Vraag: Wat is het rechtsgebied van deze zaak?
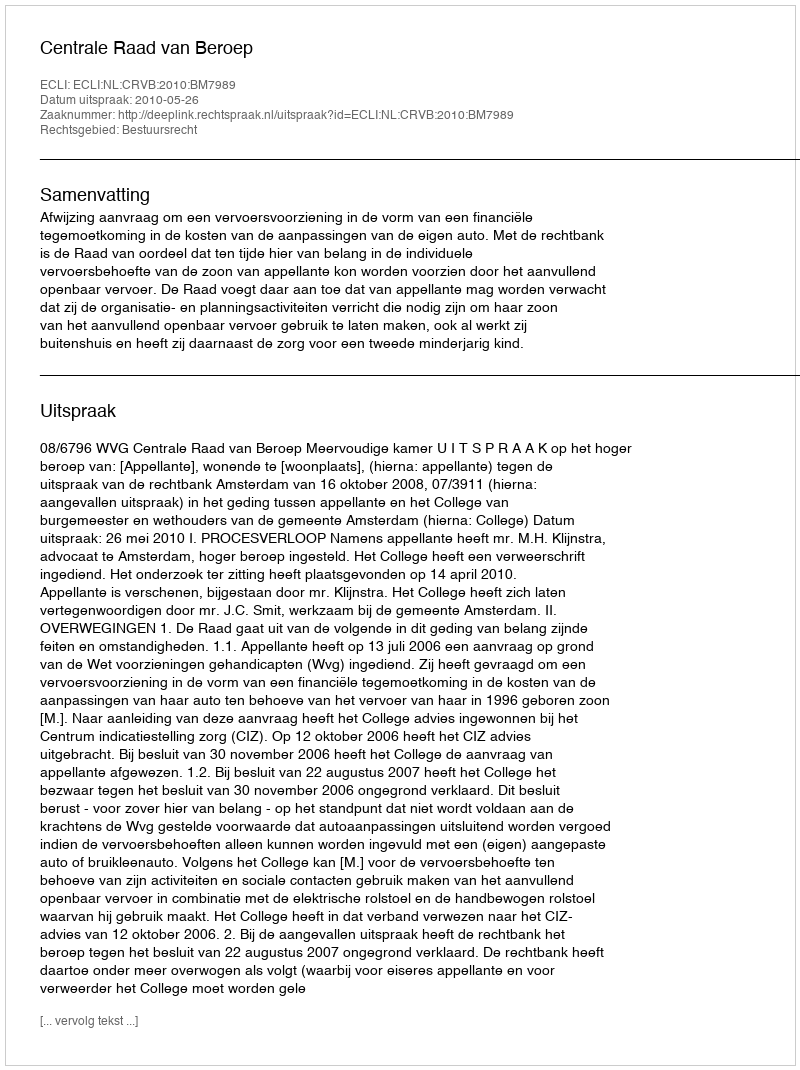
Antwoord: Bestuursrecht